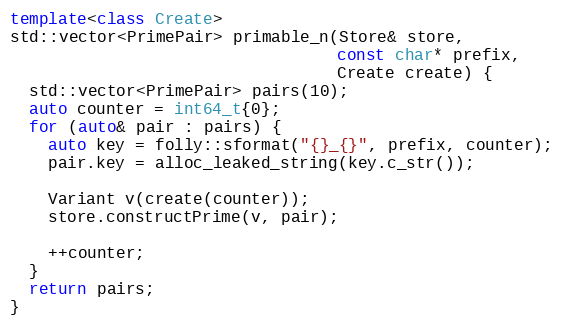
Language: C++
template<class Create>
std::vector<PrimePair> primable_n(Store& store,
                                  const char* prefix,
                                  Create create) {
  std::vector<PrimePair> pairs(10);
  auto counter = int64_t{0};
  for (auto& pair : pairs) {
    auto key = folly::sformat("{}_{}", prefix, counter);
    pair.key = alloc_leaked_string(key.c_str());

    Variant v(create(counter));
    store.constructPrime(v, pair);

    ++counter;
  }
  return pairs;
}